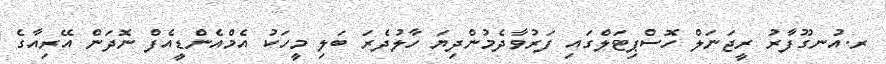
ރ.އުނގޫފާރު ރީޖަނަލް ހޮސްޕިޓަލްގައި ފަރުވާދެމުންދިޔަ ހާލުދެރަ ބަލި މީހަކު އެމްއެންޑީއެފް ނޮދަން އޭރިއާގެ